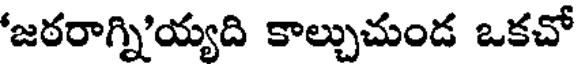
జఠరాగ్ని'య్యది కాల్చుచుండ ఒకచో